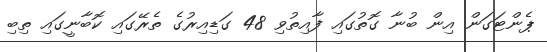
ޕެންޓަގަން އިން ބުނާ ގޮތުގައި ފާއިތުވި 48 ގަޑިއިރުގެ ތެރޭގައި ކޮބާނީގައި ތިބި